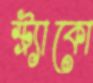
স্ট্র্যাকো